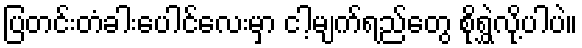
ပြတင်းတံခါးပေါင်လေးမှာ ငါ့မျက်ရည်တွေ စိုရွှဲလို့ပါပဲ။